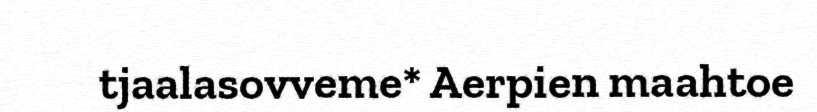
tjaalasovveme* Aerpien maahtoe